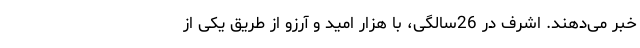
خبر می‌دهند. اشرف در 26سالگی، با هزار امید و آرزو از طریق یکی از